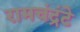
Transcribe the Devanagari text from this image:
रामचंद्रंटे